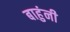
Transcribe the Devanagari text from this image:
बाहुंनी